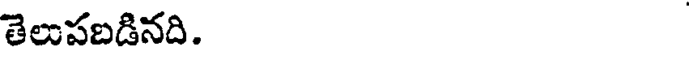
తెలుపబడినది.